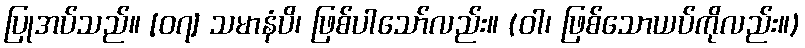
ပြုအပ်သည်။ [၀၇] သမာနံပိ၊ ဖြစ်ပါသော်လည်း။ (ဝါ၊ ဖြစ်သောယပ်ကိုလည်း။)